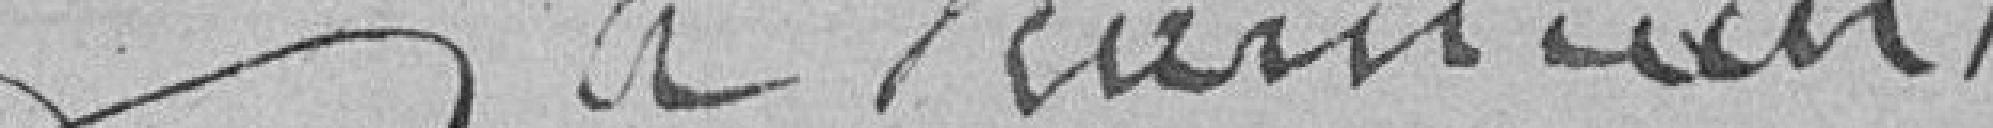
A. MANUAN ???